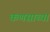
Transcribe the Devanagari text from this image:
कणसाच्या